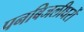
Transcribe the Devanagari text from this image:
पनबिजलीघरों